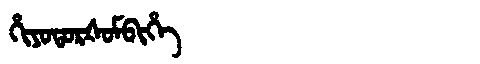
Manchu: ᡥᡳᠶᠣᡨᠣᡵᡧᠣᠮᠪᡳᡥᡝ
Romanization: HIYOTORŠOMBIHE